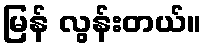
မြန် လွန်းတယ်။